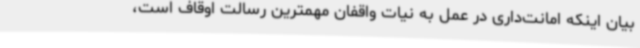
بیان اینکه امانت‌داری در عمل به نیات واقفان مهمترین رسالت اوقاف است،